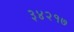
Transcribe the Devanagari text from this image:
३४२१७